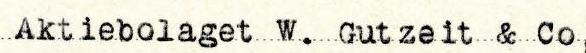
Aktiebolaget W. Gutzeit & Co